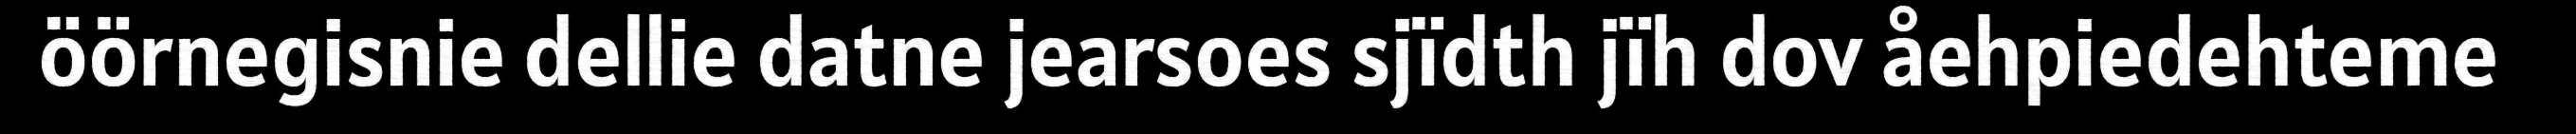
öörnegisnie dellie datne jearsoes sjïdth jïh dov åehpiedehteme